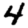
Digit: 4